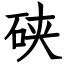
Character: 硖